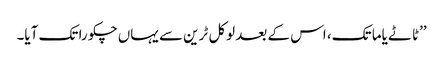
’’ٹاٹے یاما تک، اس کے بعد لوکل ٹرین سے یہاں چکورا تک آیا۔